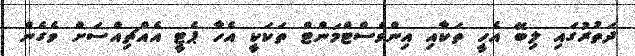
ދަތުރުގައި ލިބޭ އެހީ ތަކާއި އިންވެސްޓްމަންޓް ތަކަކީ އެހާ ޕެޓީ އެއްޗިއްސަށް ވެގެން